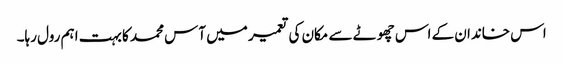
اس خاندان کے اس چھوٹے سے مکان کی تعمیر میں آس محمد کا بہت اہم رول رہا۔